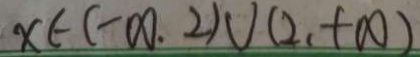
x \in ( - \infty . 2 ) \cup ( 2 、 + \infty )